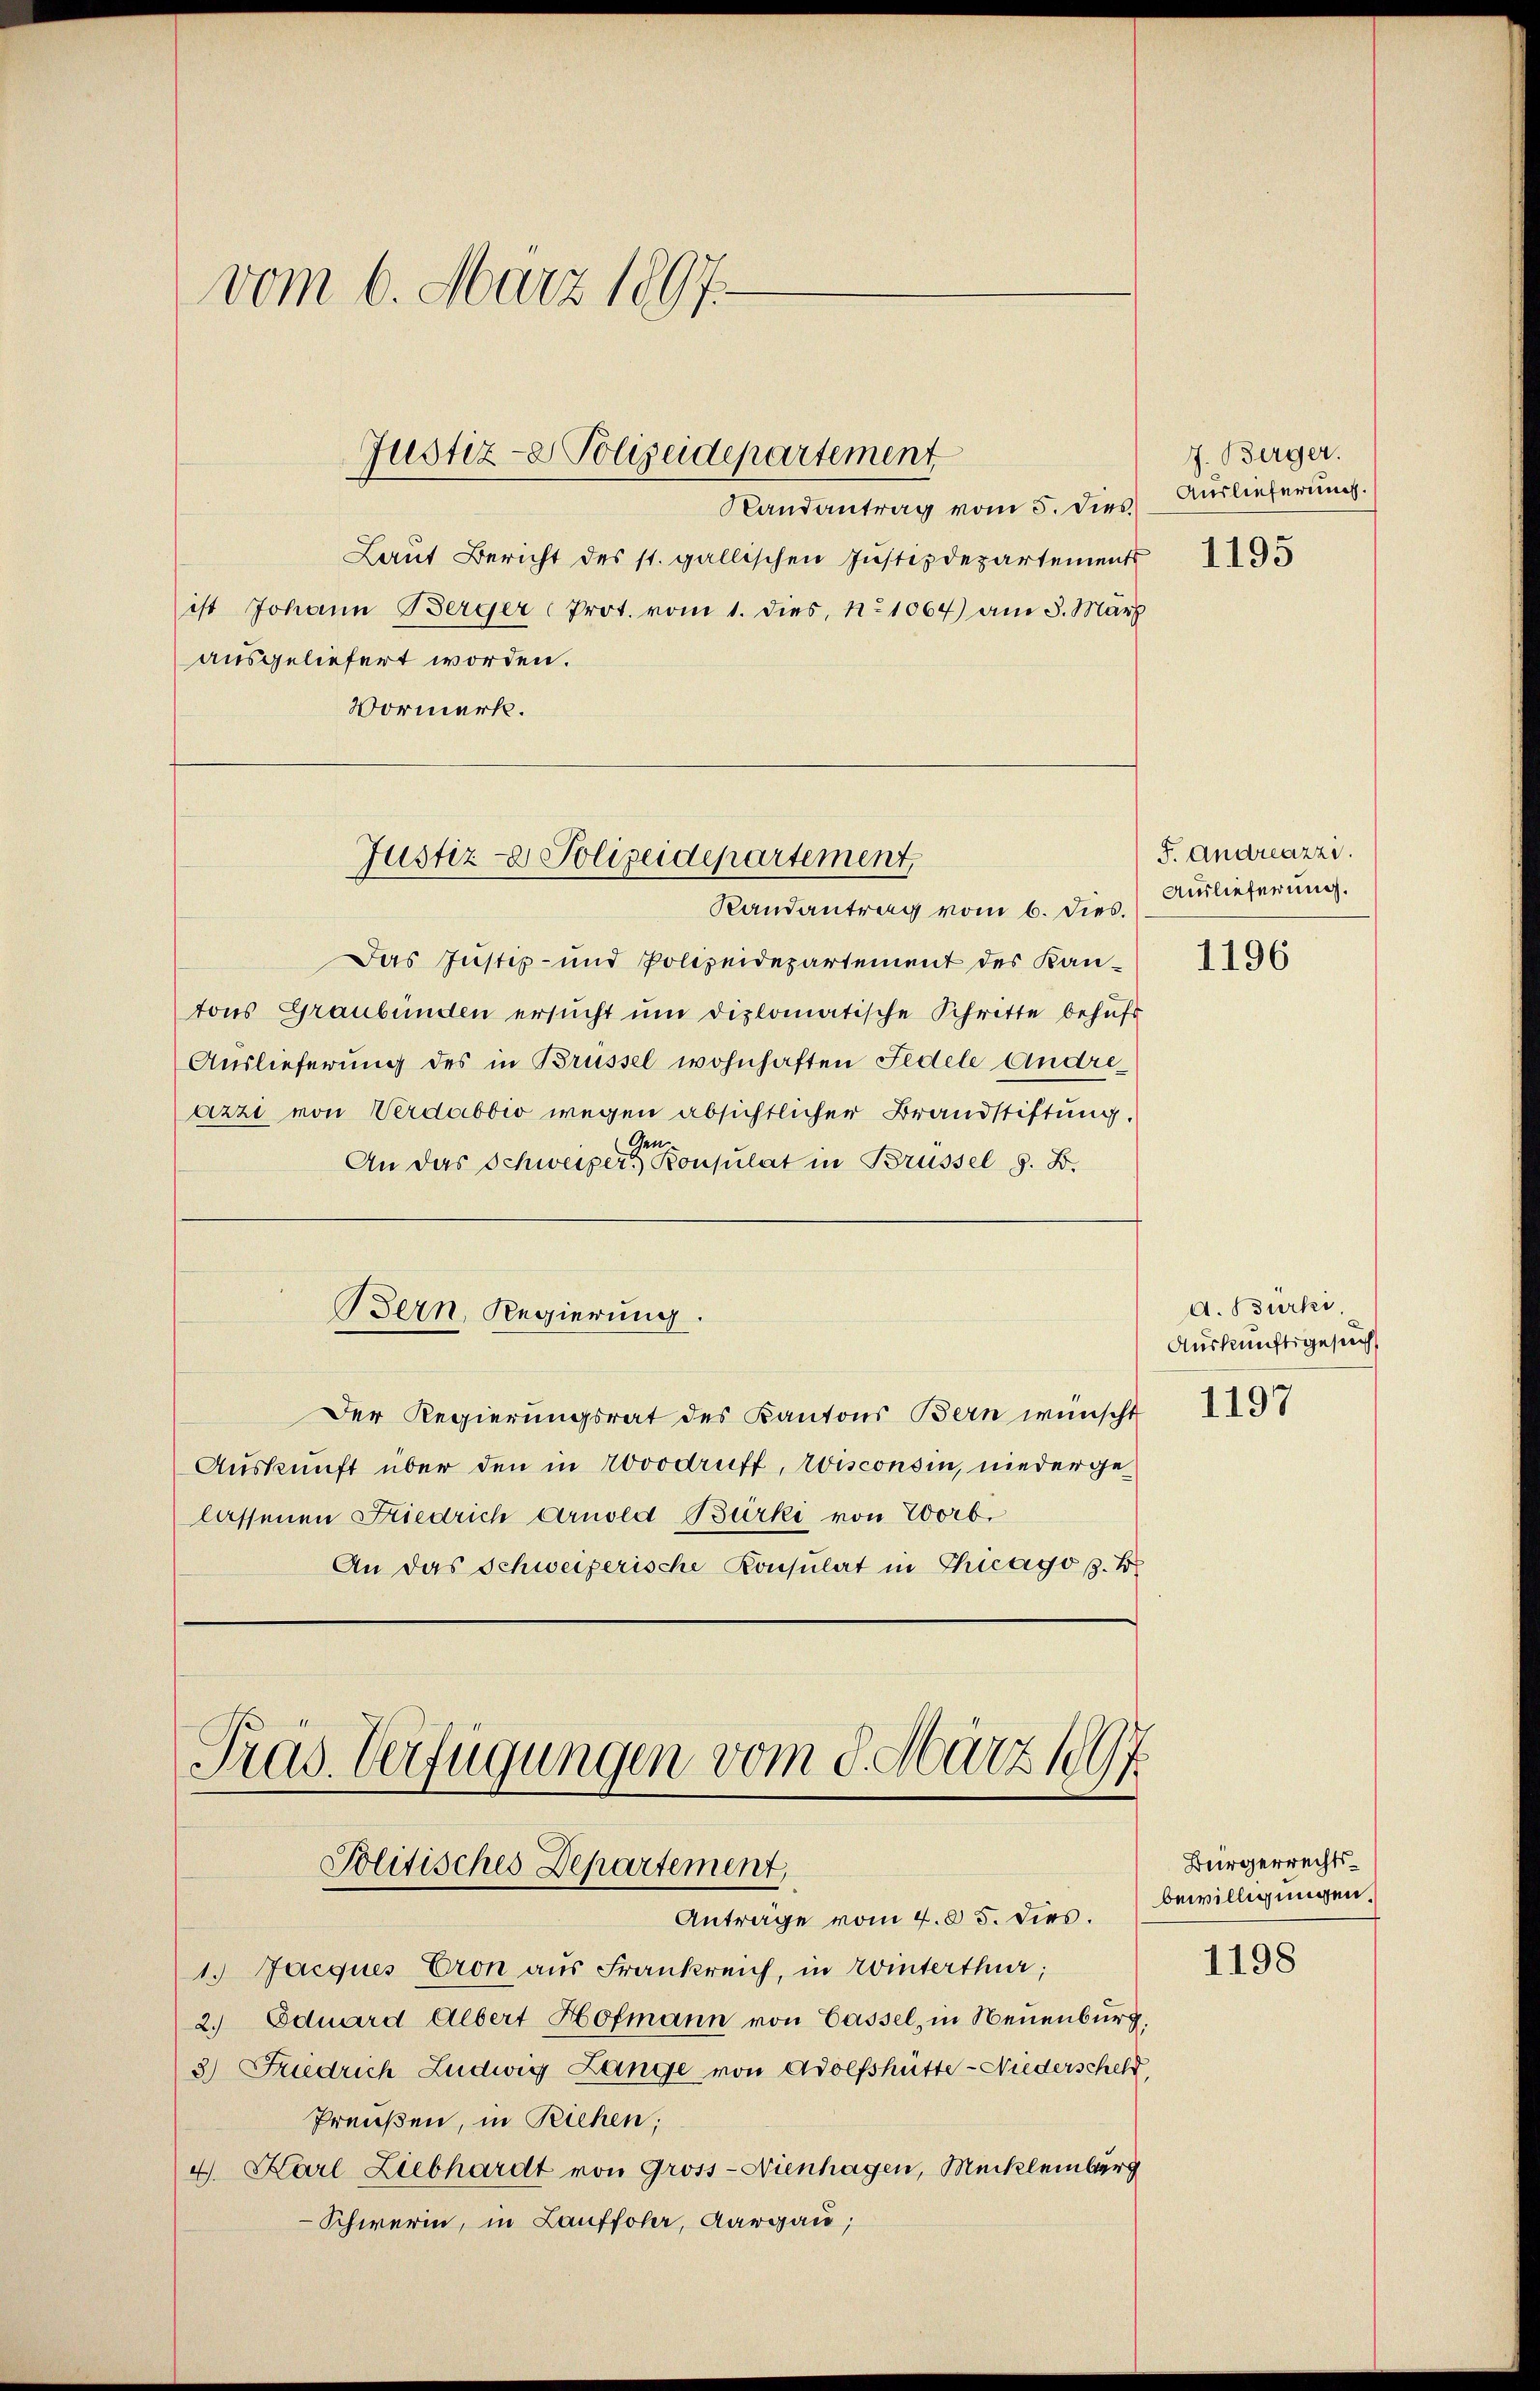
vom 6. März 1897.

Randantrag vom 5. Dies.
Laut Bericht des st. gallischen Justizdepartements
ist Johann Berger Prot. vom 1. dies, No 1064) am 3. März
ausgeliefert worden.
Vormerk.

Das Justiz- und Polizeidepartement des Kantons Graubünden ersŭcht ŭm diplomatische Schritte behŭfs
Auslieferung des in Brüssel wohnhaften Fedele Andreázzi von Verdabbio wegen absichtlicher Brandstiftung.
Gen.
An das Schweizer Konsulat in Brüssel S. D.
Bern, Regierung.
Der Regierungsrat des Kantons Bern wünscht
Auskunft über den in Novodruff, Eisconsin, niedergelassenen Kiedrich Arnold Burki von Worb.
An das Schweizerische Konsulat in Chicago z. B.

Justiz- & Polizeidepartement,
Randantrag vom 6. dies.

Justiz- & Polizeidepartement

Pras. Verfügungen vom 8. März 1897
Politisches Departement,
Anträge vom 4. 85. dies.

1.) Jacques Cron aus Frankreich, in Winterthur:
2. Eduard Albert Hofmann von Cassel, in Neuenburg,
3) Friedrich Ludwig Lange von Adolfshütte-Niederscheld
Preußen, in Reichen;
4. Karl Liebhardt von Gross-Nienhagen, Mecklenburg
-Schweren, in Lauffohr, Aargau;

7. Berger.
Auslieferung
1195

F. Andreazzi.
Auslieferung.

1196

d. Bürki
Auskunftsgesuch
1197

Bürgerrechtsbewilligungen.
1198